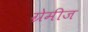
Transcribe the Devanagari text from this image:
ग्रेमीज